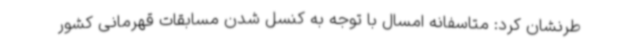
طرنشان کرد: متاسفانه امسال با توجه به کنسل شدن مسابقات قهرمانی کشور